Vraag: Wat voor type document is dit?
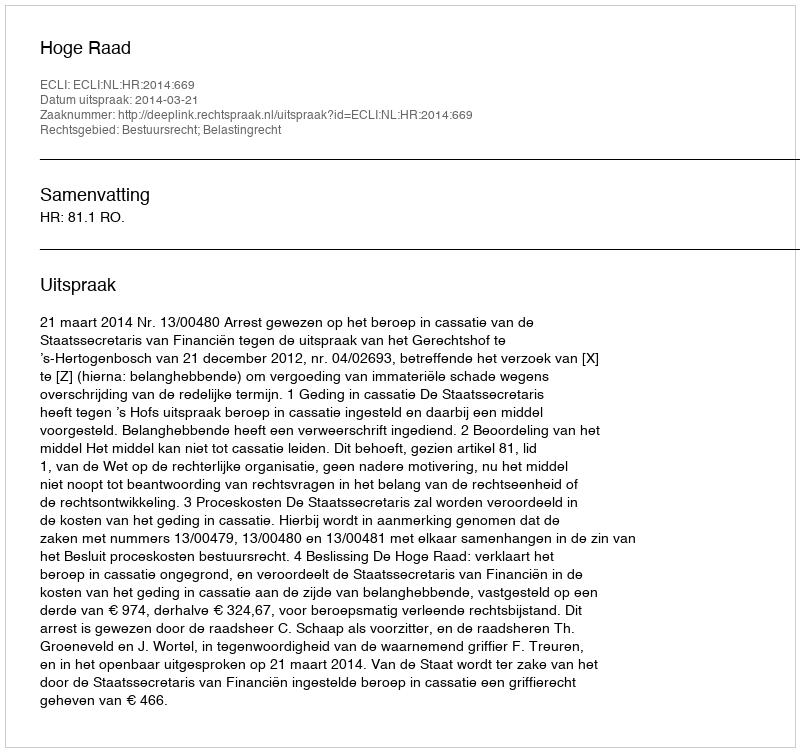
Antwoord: Uitspraak